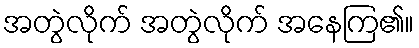
အတွဲလိုက် အတွဲလိုက် အနေကြ၏။